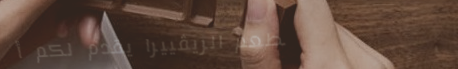
مطعم الريڤييرا يقدم لكم أ